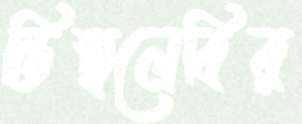
ডিম্বলেবির